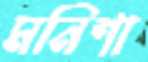
মনিশা